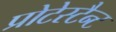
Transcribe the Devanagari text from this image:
प्रोटेस्टैन्ट